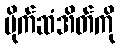
ပိုက်ဆံအိတ်ကို